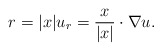
\begin{align*}r = |x| u_r = \dfrac{x}{|x|} \cdot \nabla u.\end{align*}